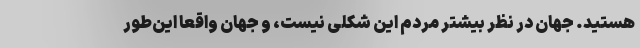
هستید. جهان در نظر بیشتر مردم این شکلی نیست، و جهان واقعاً این‌طور